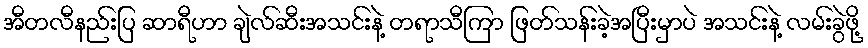
အီတလီနည်းပြ ဆာရီဟာ ချဲလ်ဆီးအသင်းနဲ့ တရာသီကြာ ဖြတ်သန်းခဲ့အပြီးမှာပဲ အသင်းနဲ့ လမ်းခွဲဖို့